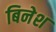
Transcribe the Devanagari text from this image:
बिनेश